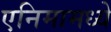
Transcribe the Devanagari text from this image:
एनिमामध्ये